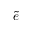
\widetilde { e }